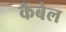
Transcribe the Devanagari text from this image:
कैंबेल